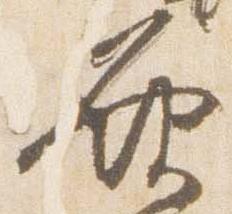
発